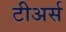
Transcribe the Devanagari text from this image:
टीअर्स